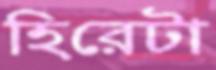
হিরেটা